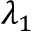
\lambda _ { 1 }